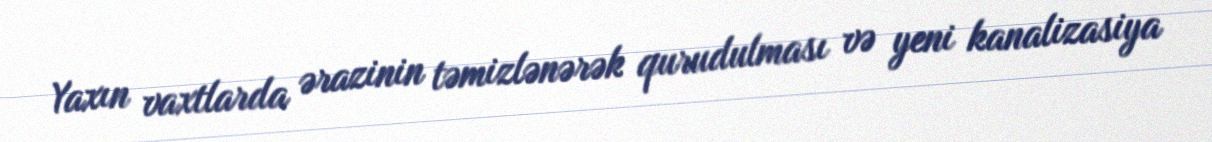
Yaxın vaxtlarda ərazinin təmizlənərək qurudulması və yeni kanalizasiya